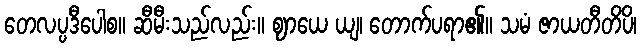
တေလပ္ပဒီပေါစ။ ဆီမီးသည်လည်း။ ဈာယေ ယျ၊ တောက်ပရာ၏။ သမံ ဇာယတီတိပိ၊